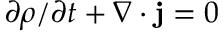
\partial \rho / \partial t + \nabla \cdot { \bf j } = 0